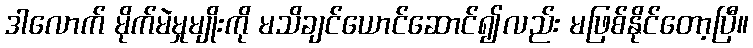
ဒါလောက် မိုက်မဲမှုမျိုးကို မသိချင်ယောင်ဆောင်၍လည်း မဖြစ်နိုင်တော့ပြီ။